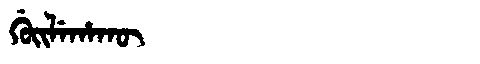
Manchu: ᡤᡠᡳᠯᡝᡥᠠᡴᡡ
Romanization: GUILEHAKŪ